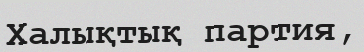
Халықтық партия,